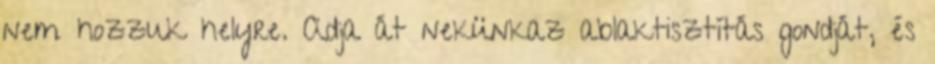
nem hozzuk helyre. Adja át nekünkaz ablaktisztítás gondját, és